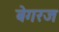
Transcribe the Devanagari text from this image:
बेगरज